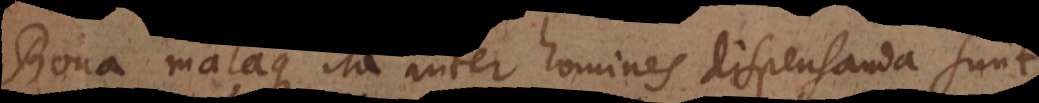
Bona malaque ita inter homines dispensanda sunt,